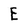
Character: E